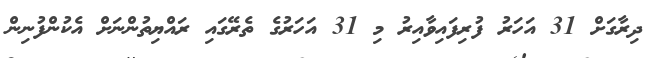
ދިރާގަށް 31 އަހަރު ފުރިފައިވާއިރު މި 31 އަހަރުގެ ތެރޭގައި ރައްޔިތުންނަށް އެކުންފުނިން